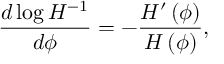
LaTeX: { \frac { d \log { H ^ { - 1 } } } { d \phi } } = - { \frac { H ^ { \prime } \left( \phi \right) } { H \left( \phi \right) } } ,